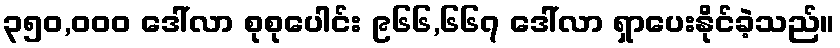
၃၅၀,၀၀၀ ဒေါ်လာ စုစုပေါင်း ၉၆၆,၆၆၇ ဒေါ်လာ ရှာပေးနိုင်ခဲ့သည်။